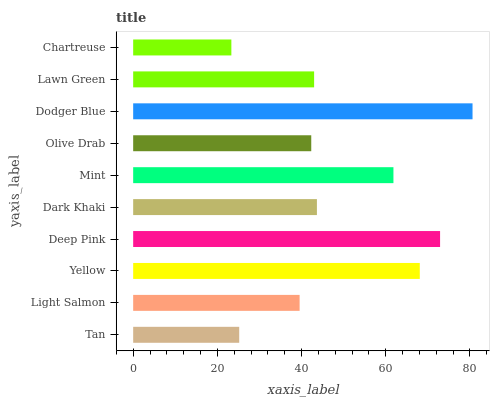
| yaxis_label | bars |
 | --- | --- |
 | Tan | 25.2 |
 | Light Salmon | 39.5 |
 | Yellow | 68.1 |
 | Deep Pink | 72.9 |
 | Dark Khaki | 43.7 |
 | Mint | 61.8 |
 | Olive Drab | 42.3 |
 | Dodger Blue | 80.6 |
 | Lawn Green | 43 |
 | Chartreuse | 23.3 |